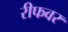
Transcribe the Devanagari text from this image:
रीफवर